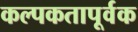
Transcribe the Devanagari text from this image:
कल्पकतापूर्वक